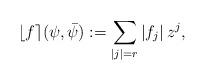
LaTeX: \begin{align*} \lfloor f \rceil(\psi,\bar\psi) &:= \sum_{|j|=r} |f_j| \, z^j, \end{align*}